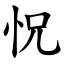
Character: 怳